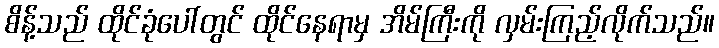
စိန့်သည် ထိုင်ခုံပေါ်တွင် ထိုင်နေရာမှ အိမ်ကြီးကို လှမ်းကြည့်လိုက်သည်။